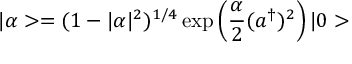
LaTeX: | \alpha > = ( 1 - | \alpha | ^ { 2 } ) ^ { 1 / 4 } \exp \left( \frac { \alpha } { 2 } ( a ^ { \dagger } ) ^ { 2 } \right) | 0 >